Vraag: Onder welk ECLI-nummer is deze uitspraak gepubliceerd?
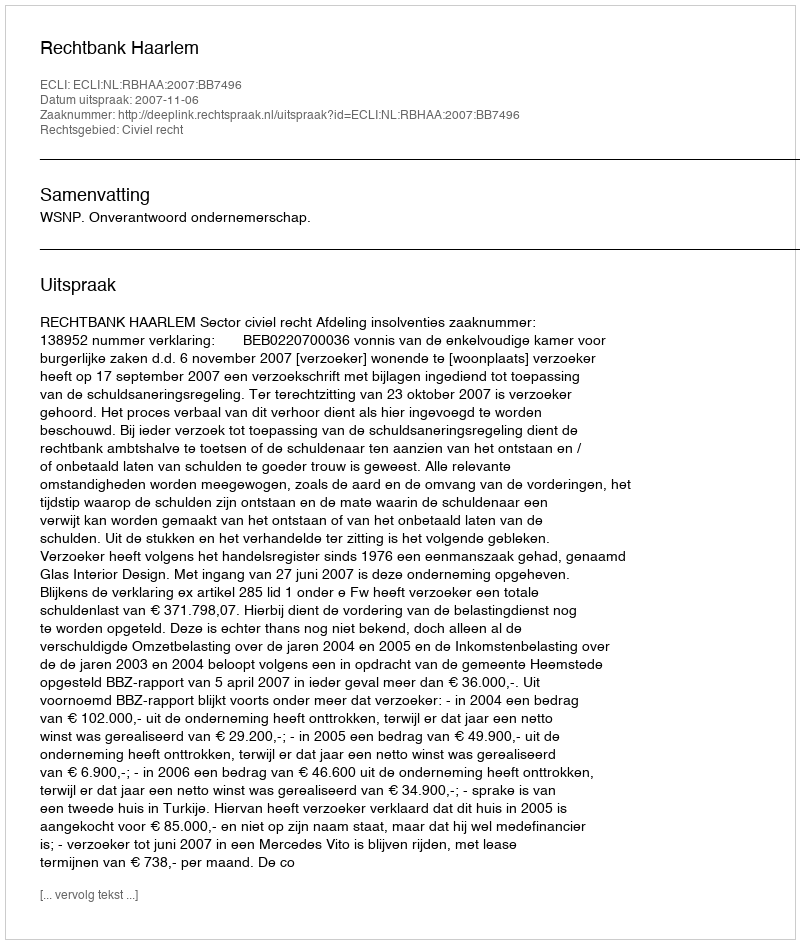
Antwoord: ECLI:NL:RBHAA:2007:BB7496